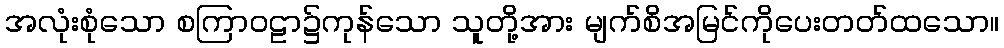
အလုံးစုံသော စကြာဝဠာ၌ကုန်သော သူတို့အား မျက်စိအမြင်ကိုပေးတတ်ထသော။